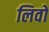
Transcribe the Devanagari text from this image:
लिवों